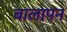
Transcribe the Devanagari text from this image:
बालापन